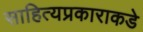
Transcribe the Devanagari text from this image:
साहित्यप्रकाराकडे